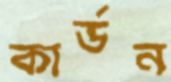
কার্ডন